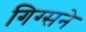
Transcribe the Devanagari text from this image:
गिग्सने